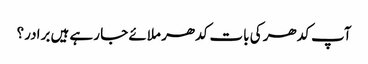
آپ کدھر کی بات کدھر ملائے جا رہے ہیں برادر؟